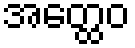
အတ္ထေဝ